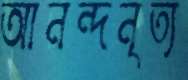
আনন্দনৃত্য